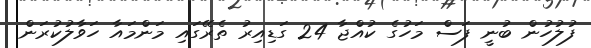
ފުލުހުން ބުނީ ފަސް މަހުގެ ކުއްޖާ 24 ގަޑިއިރު ތެރޭގައި މަންމައާ ހަވާލުކުރަން